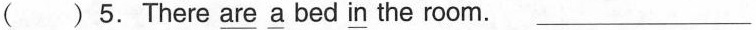
( )5. There \underline{are} \underline{a} bed \underline{in} the room. ___